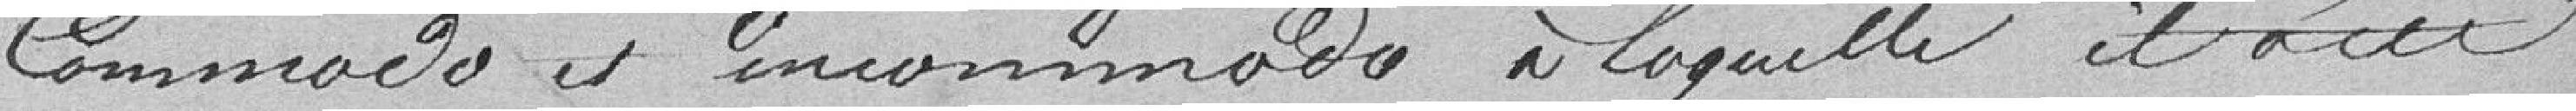
commando et incommando à laquelle il a été